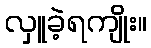
လှူခဲ့ရကျိုး။